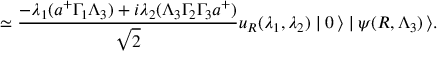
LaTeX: \simeq \frac { - \lambda _ { 1 } ( a ^ { + } \Gamma _ { 1 } \Lambda _ { 3 } ) + i \lambda _ { 2 } ( \Lambda _ { 3 } \Gamma _ { 2 } \Gamma _ { 3 } a ^ { + } ) } { \sqrt { 2 } } u _ { R } ( \lambda _ { 1 } , \lambda _ { 2 } ) \mid 0 \, \rangle \mid \psi ( R , \Lambda _ { 3 } ) \, \rangle .